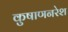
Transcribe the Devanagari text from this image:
कुषाणनरेश